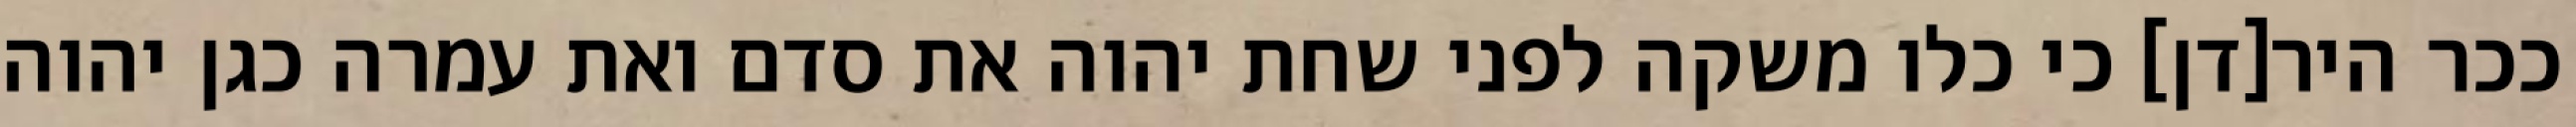
ככר היר[דן] כי כלו משקה לפני שחת יהוה את סדם ואת עמרה כגן יהוה